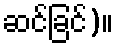
ဆင်ခြင်)။